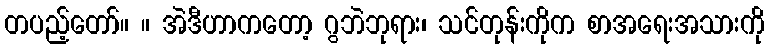
တပည့်တော်။ ။ အဲဒီဟာကတော့ ဂွဘဲဘုရား၊ သင်တုန်းကိုက စာအရေးအသားကို